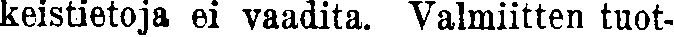
keistietoja ei vaadita. Valmiitten tuot-